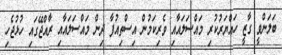
ބަލަންވީ ގާޒީ ހައްޔަރުކުރި މައްސަލައާއި ވެރިކަމުން އިސްތިއުފާ ދިން މައްސަލައާއި ރާއްޖޭގައި ހުޅުޖެހި